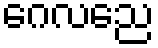
ဂေလညေ